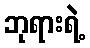
ဘုရားရဲ့